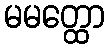
မမတ္ထော